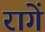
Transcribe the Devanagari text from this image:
रागें